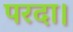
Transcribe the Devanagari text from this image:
परदा।